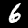
Label: 6